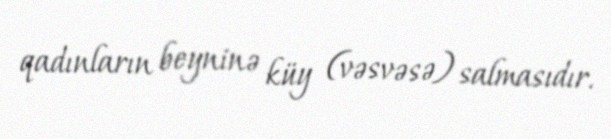
qadınların beyninə küy (vəsvəsə) salmasıdır.